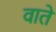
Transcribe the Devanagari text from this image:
वातें